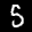
Label: 5